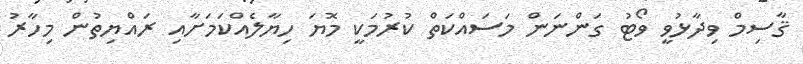
ޤާސިމް ވިދާޅުވީ ވޯޓު ގަންނަން މަސައްކަތް ކުރުމަކީ މޮޔަ ހިޔާލެއްކަމަށާއި ރައްޔިތުން މިހާރު